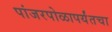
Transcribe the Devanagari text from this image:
पांजरपोळापर्यंतचा